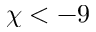
\chi < - 9